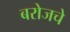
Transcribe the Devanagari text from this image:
बरोजचे